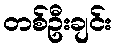
တစ်ဦးချင်း